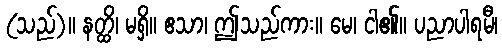
(သည်)။ နတ္ထိ၊ မရှိ။ ဧသာ၊ ဤသည်ကား။ မေ၊ ငါ၏။ ပညာပါရမီ၊